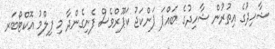
ޝާހިދުގެ އިތުރުން ޝާހިދުގެ ބައްޕަ ޕަންކަޖު ކަޕޫރްވެސް ފެނިގެންދާ މި ފިލްމު އޮކްޓޯބަރ